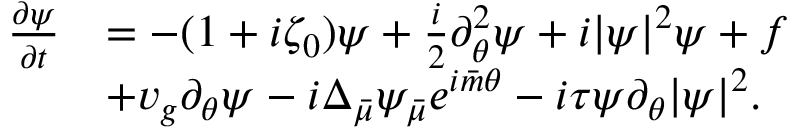
\begin{array} { r l } { \frac { \partial \psi } { \partial t } } & { = - ( 1 + i \zeta _ { 0 } ) \psi + \frac { i } { 2 } \partial _ { \theta } ^ { 2 } \psi + i | \psi | ^ { 2 } \psi + f } \\ & { + v _ { g } \partial _ { \theta } \psi - i \Delta _ { \bar { \mu } } \psi _ { \bar { \mu } } e ^ { i { \bar { m } } \theta } - i \tau \psi \partial _ { \theta } | \psi | ^ { 2 } . } \end{array}